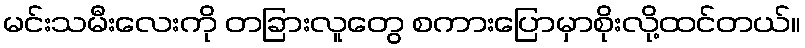
မင်းသမီးလေးကို တခြားလူတွေ စကားပြောမှာစိုးလို့ထင်တယ်။